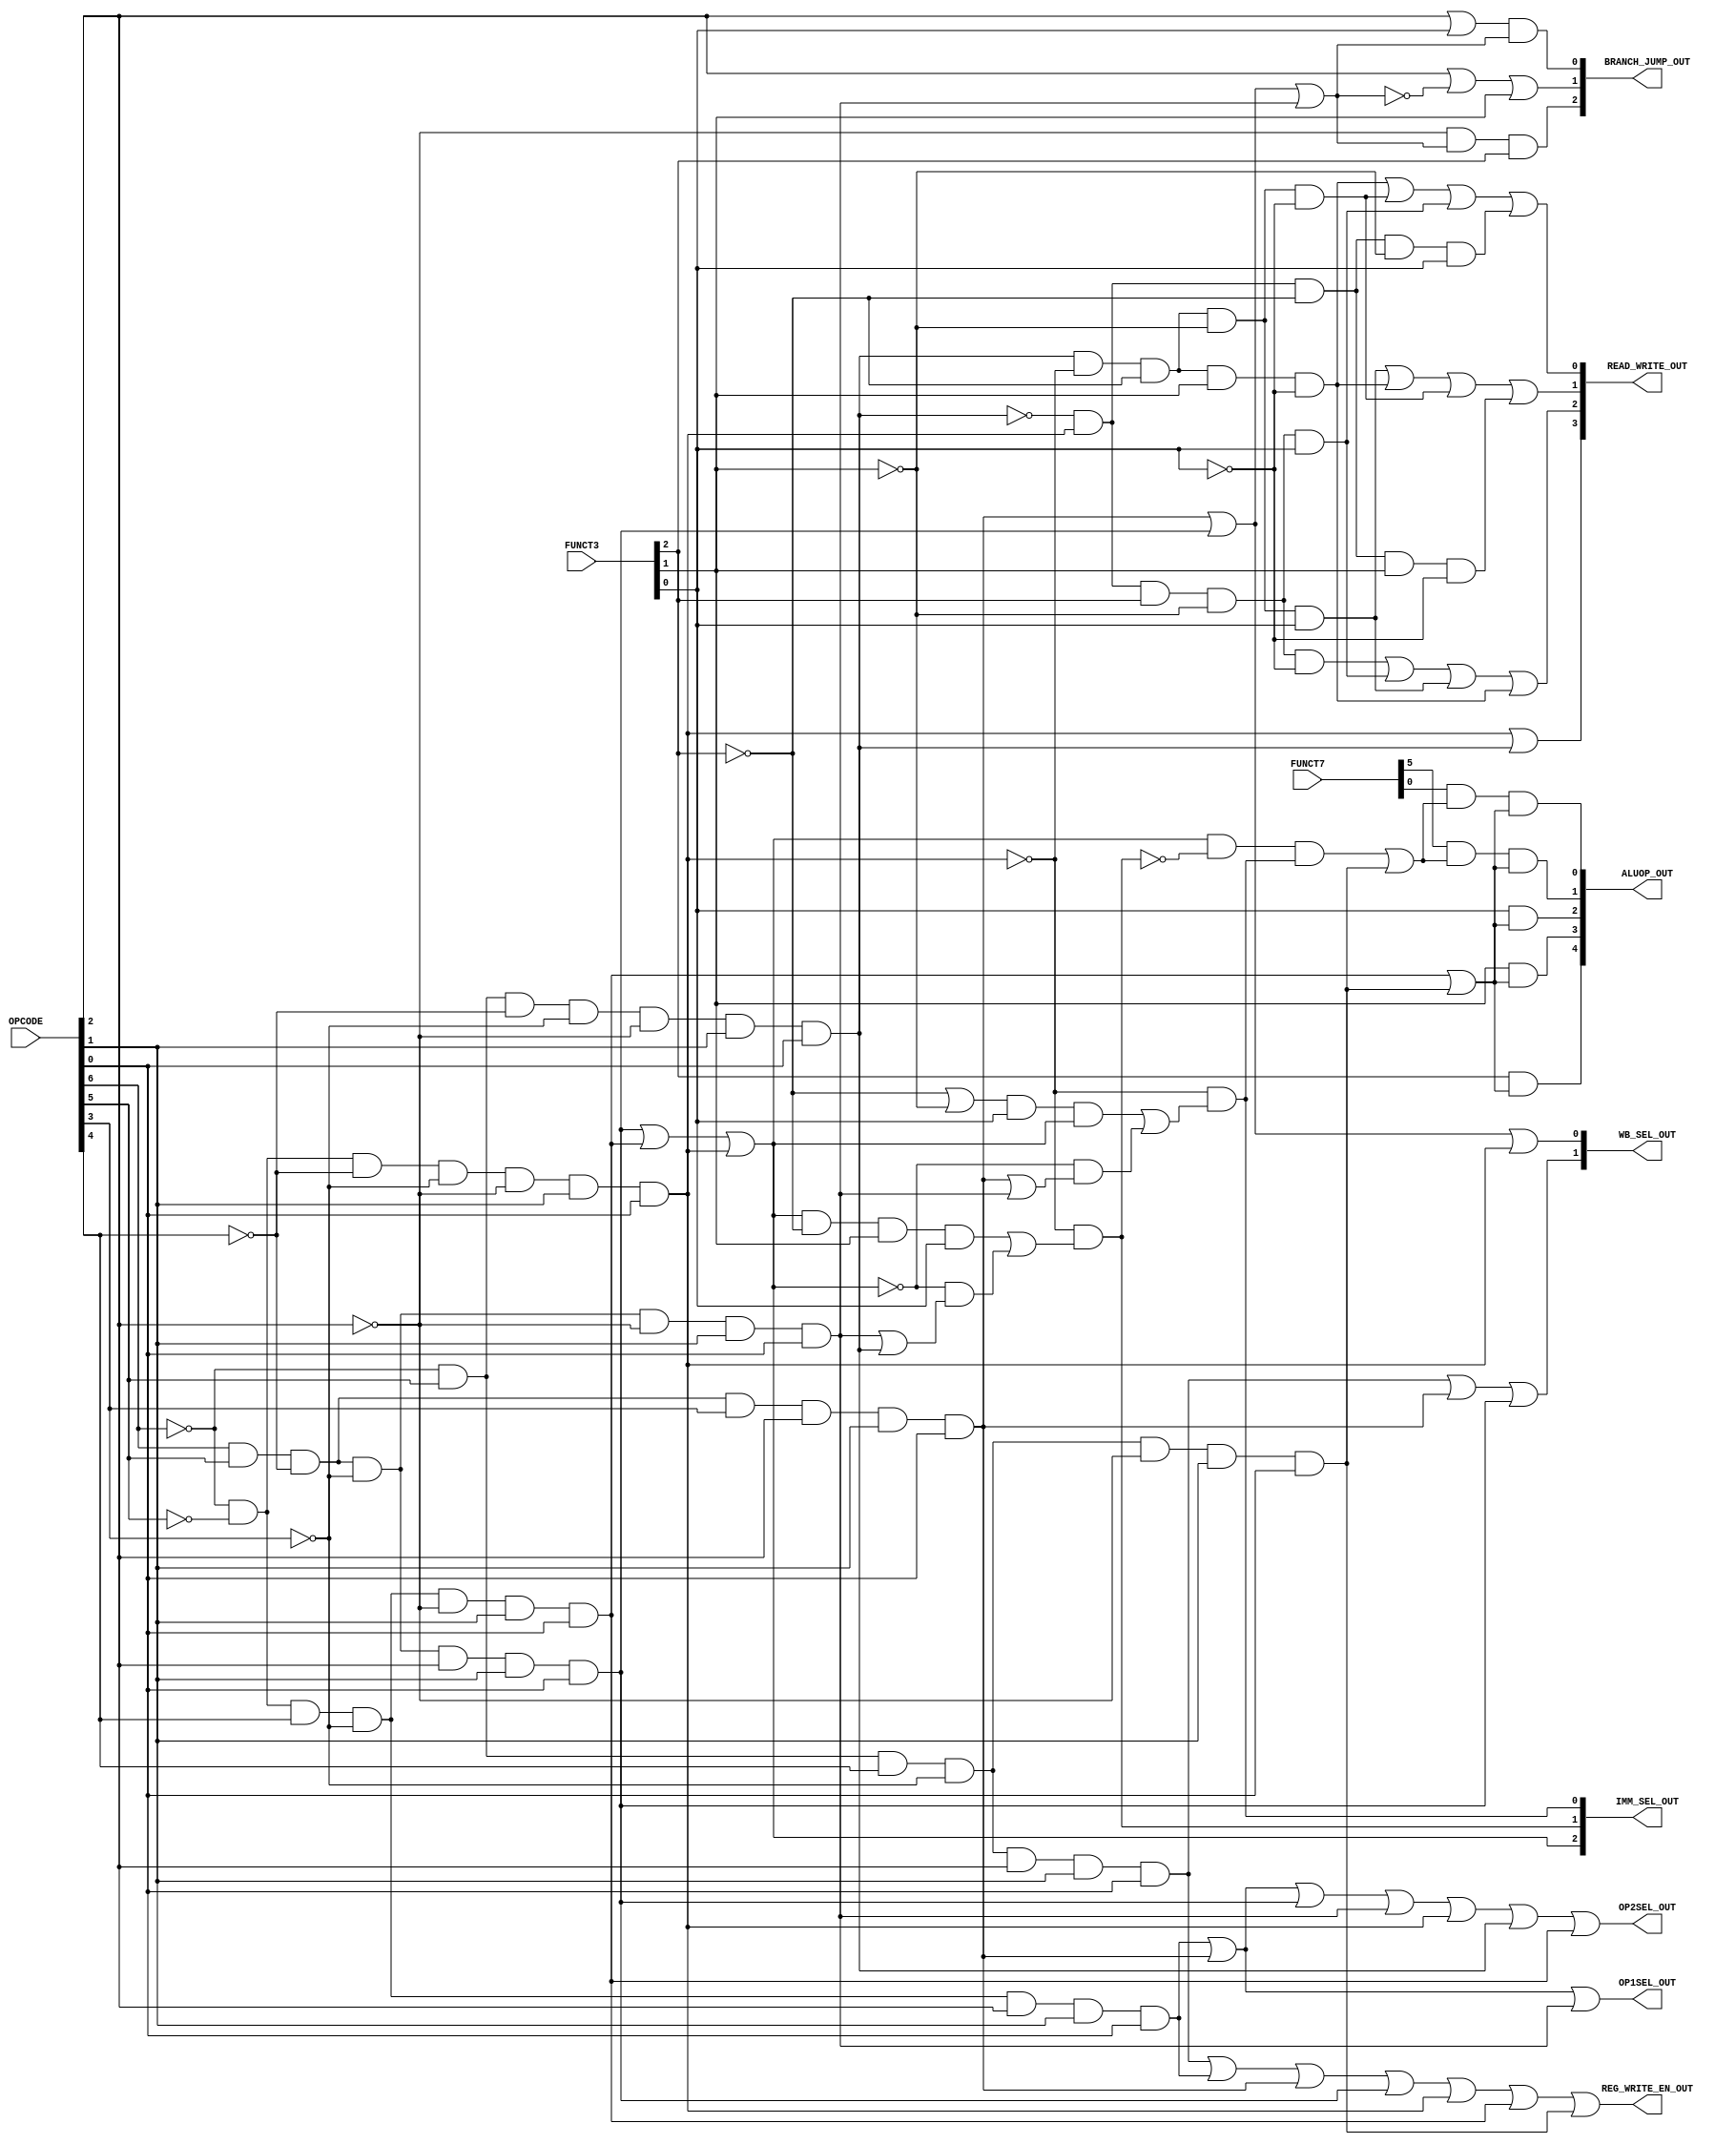
module control_unit (OPCODE, FUNCT3, FUNCT7, OP1SEL_OUT, OP2SEL_OUT, REG_WRITE_EN_OUT, WB_SEL_OUT, ALUOP_OUT, BRANCH_JUMP_OUT, IMM_SEL_OUT, READ_WRITE_OUT);

`define DECODE_DELAY #1

// declare ports
input [6:0] OPCODE;
input [2:0] FUNCT3;
input [6:0] FUNCT7;
output OP1SEL_OUT, OP2SEL_OUT, REG_WRITE_EN_OUT;
output [1:0] WB_SEL_OUT;
output [4:0] ALUOP_OUT;
output [2:0] BRANCH_JUMP_OUT;
output [2:0] IMM_SEL_OUT;
output [3:0] READ_WRITE_OUT;

assign `DECODE_DELAY OP1SEL_OUT = OP1SEL;
assign `DECODE_DELAY OP2SEL_OUT = OP2SEL;
assign `DECODE_DELAY REG_WRITE_EN_OUT = REG_WRITE_EN;
assign `DECODE_DELAY WB_SEL_OUT = WB_SEL;
assign `DECODE_DELAY ALUOP_OUT = ALUOP;
assign `DECODE_DELAY BRANCH_JUMP_OUT = BRANCH_JUMP;
assign `DECODE_DELAY IMM_SEL_OUT = IMM_SEL;
assign `DECODE_DELAY READ_WRITE_OUT = READ_WRITE;

wire OP1SEL, OP2SEL, REG_WRITE_EN;
wire [1:0] WB_SEL;
wire [4:0] ALUOP;
wire [2:0] BRANCH_JUMP;
wire [2:0] IMM_SEL;
wire [3:0] READ_WRITE;

wire LUI, AUIPC, JAL, JALR, B_TYPE, LOAD, STORE, I_TYPE, R_TYPE;
wire ALUOP_TYPE, BL;
wire [2:0] IMM_TYPE; 

and lui(LUI, !OPCODE[6], OPCODE[5], OPCODE[4], !OPCODE[3], OPCODE[2], OPCODE[1], OPCODE[0]);
and auipc(AUIPC, !OPCODE[6], !OPCODE[5], OPCODE[4], !OPCODE[3], OPCODE[2], OPCODE[1], OPCODE[0]);
and jal(JAL, OPCODE[6], OPCODE[5], !OPCODE[4], OPCODE[3], OPCODE[2], OPCODE[1], OPCODE[0]);
and jalr(JALR, OPCODE[6], OPCODE[5], !OPCODE[4], !OPCODE[3], OPCODE[2], OPCODE[1], OPCODE[0]);
and b_type(B_TYPE, OPCODE[6], OPCODE[5], !OPCODE[4], !OPCODE[3], !OPCODE[2], OPCODE[1], OPCODE[0]);
and load(LOAD, !OPCODE[6], !OPCODE[5], !OPCODE[4], !OPCODE[3], !OPCODE[2], OPCODE[1], OPCODE[0]);
and store(STORE, !OPCODE[6], OPCODE[5], !OPCODE[4], !OPCODE[3], !OPCODE[2], OPCODE[1], OPCODE[0]);
and i_type(I_TYPE, !OPCODE[6], !OPCODE[5], OPCODE[4], !OPCODE[3], !OPCODE[2], OPCODE[1], OPCODE[0]);
and r_type(R_TYPE, !OPCODE[6], OPCODE[5], OPCODE[4], !OPCODE[3], !OPCODE[2], OPCODE[1], OPCODE[0]);

or op1sel(OP1SEL, AUIPC, JAL, B_TYPE);
or op2sel(OP2SEL, AUIPC, JAL, JALR, B_TYPE, LOAD, STORE, I_TYPE);
or reg_write_en(REG_WRITE_EN, LUI, AUIPC, JAL, JALR, LOAD, I_TYPE, R_TYPE);
or wb_sel1(WB_SEL[1], LUI, JAL, JALR);
or wb_sel0(WB_SEL[0], JAL, JALR, LOAD);
or aluop_type(ALUOP_TYPE, I_TYPE, R_TYPE);
or bl(BL, JAL, JALR, B_TYPE);
or imm_type2(IMM_TYPE[2], JALR, I_TYPE,LOAD);
or imm_type1(IMM_TYPE[1], B_TYPE, STORE);
or imm_type0(IMM_TYPE[0], JAL, B_TYPE);

//////////////////////////////////////////////
//  BRANCH_JUMP generation unit
//////////////////////////////////////////////
wire BRANCH0_OR_OUTPUT;

// BRANCH_JUMP[2] bit
and branch2(BRANCH_JUMP[2], !OPCODE[2], BL, FUNCT3[2]);

// BRANCH_JUMP[1] bit
or branch1(BRANCH_JUMP[1], OPCODE[2], !BL, FUNCT3[1]);

// BRANCH_JUMP[0] bit
or branch0_or(BRANCH0_OR_OUTPUT, OPCODE[2], FUNCT3[0]);
and branch0(BRANCH_JUMP[0], BRANCH0_OR_OUTPUT, BL);

//////////////////////////////////////////////
// IMM_SEL generation unit
//////////////////////////////////////////////
wire IMM_SEL1_AND1_OUTPUT, IMM_SEL1_AND2_OUTPUT, IMM_SEL0_OR1_OUTPUT, IMM_SEL0_AND1_OUTPUT, IMM_SEL0_AND2_OUTPUT, IMM_SEL1_OR_OUTPUT, IMM_SEL0_OR2_OUTPUT;

// IMM_SEL[2] bit
assign IMM_SEL[2] = IMM_TYPE[2];

// IMM_SEL[1] bit
and imm_sel1_and1(IMM_SEL1_AND1_OUTPUT, IMM_TYPE[2], !FUNCT3[2], FUNCT3[1], FUNCT3[0]);
and imm_sel1_and2(IMM_SEL1_AND2_OUTPUT, !IMM_TYPE[2], IMM_TYPE[1]);
or imm_sel1_or(IMM_SEL1_OR_OUTPUT, IMM_SEL1_AND1_OUTPUT, IMM_SEL1_AND2_OUTPUT);
and imm_sel1_and3(IMM_SEL[1], !LOAD, IMM_SEL1_OR_OUTPUT);

// IMM_SEL[0] bit
or imm_sel0_or1(IMM_SEL0_OR1_OUTPUT, !FUNCT3[2], !FUNCT3[1]);
and imm_sel0_and1(IMM_SEL0_AND1_OUTPUT, IMM_SEL0_OR1_OUTPUT, FUNCT3[0], IMM_TYPE[2]);
and imm_sel0_and2(IMM_SEL0_AND2_OUTPUT, !IMM_TYPE[2], IMM_TYPE[0]);
or imm_sel0_or2(IMM_SEL0_OR2_OUTPUT, IMM_SEL0_AND1_OUTPUT, IMM_SEL0_AND2_OUTPUT);
and imm_sel0_and3(IMM_SEL[0], !LOAD, IMM_SEL0_OR2_OUTPUT);

//////////////////////////////////////////////
// ALUOP generation unit
//////////////////////////////////////////////
wire I_SHIFT, FUNCT7_EN, FUNCT7_5, FUNCT7_0;

and i_shift(I_SHIFT, IMM_SEL[2], !IMM_SEL[1], IMM_SEL[0]);
or r_type_or_i_shift(FUNCT7_EN, I_SHIFT, R_TYPE);

and funct7_5_en(FUNCT7_5, FUNCT7[5], FUNCT7_EN);
and funct7_0_en(FUNCT7_0, FUNCT7[0], FUNCT7_EN);

and aluop4(ALUOP[4], FUNCT3[2], ALUOP_TYPE);    // ALUOP[4] bit
and aluop3(ALUOP[3], FUNCT3[1], ALUOP_TYPE);    // ALUOP[3] bit
and aluop2(ALUOP[2], FUNCT3[0], ALUOP_TYPE);    // ALUOP[2] bit
and aluop1(ALUOP[1], FUNCT7_5, ALUOP_TYPE);    // ALUOP[1] bit
and aluop0(ALUOP[0], FUNCT7_0, ALUOP_TYPE);    // ALUOP[0] bit

//////////////////////////////////////////////
// READ_WRITE to cache memory
//////////////////////////////////////////////
wire READ_WRITE_AND1, READ_WRITE_AND2, READ_WRITE_AND3, READ_WRITE_AND4, READ_WRITE_AND5, READ_WRITE_AND6, READ_WRITE_AND7;

and mem_rw_and1(READ_WRITE_AND1, !STORE, LOAD, FUNCT3[2], !FUNCT3[1], !FUNCT3[0]);
and mem_rw_and2(READ_WRITE_AND2, !STORE, LOAD, FUNCT3[2], !FUNCT3[1], FUNCT3[0]);
and mem_rw_and3(READ_WRITE_AND3, STORE, !LOAD, !FUNCT3[2], !FUNCT3[1], FUNCT3[0]);
and mem_rw_and4(READ_WRITE_AND4, STORE, !LOAD, !FUNCT3[2], FUNCT3[1], !FUNCT3[0]);
and mem_rw_and5(READ_WRITE_AND5, STORE, !LOAD, !FUNCT3[2], !FUNCT3[1], !FUNCT3[0]);
and mem_rw_and6(READ_WRITE_AND6, !STORE, LOAD, !FUNCT3[2], FUNCT3[1], !FUNCT3[0]);
and mem_rw_and7(READ_WRITE_AND7, !STORE, LOAD, !FUNCT3[2], !FUNCT3[1], FUNCT3[0]);

or mem_rw3(READ_WRITE[3], LOAD, STORE);
or mem_rw2(READ_WRITE[2], READ_WRITE_AND1, READ_WRITE_AND2, READ_WRITE_AND3, READ_WRITE_AND4);
or mem_rw1(READ_WRITE[1], READ_WRITE_AND3, READ_WRITE_AND4, READ_WRITE_AND5, READ_WRITE_AND6);
or mem_rw0(READ_WRITE[0], READ_WRITE_AND4, READ_WRITE_AND5, READ_WRITE_AND2, READ_WRITE_AND7);

endmodule